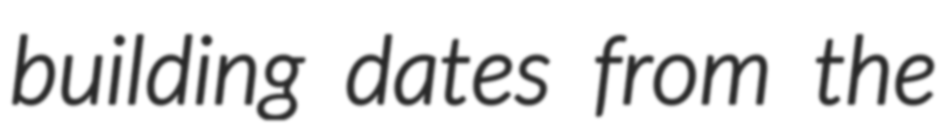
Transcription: building dates from the